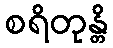
စရိတုန္တိ